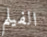
الفيلم